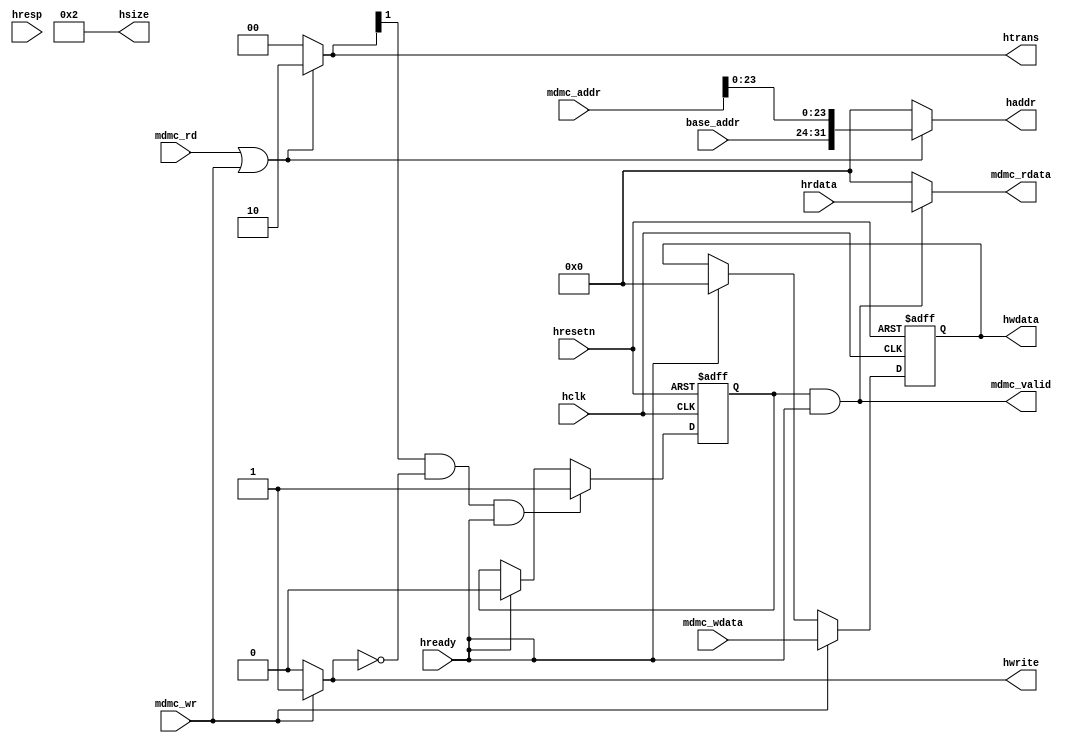
module mdmc_ahb #(
  parameter DWIDTH  = 32) (
  // CLOCK AND RESETS ------------------
  input  wire        hclk,              // Clock
  input  wire        hresetn,           // Asynchronous reset

  // AHB-LITE MASTER PORT --------------
  output reg  [31 :0]       haddr,             // AHB transaction address
  output wire [ 3:0]        hsize,             // AHB size: byte, half-word or word
  output reg  [ 1:0]        htrans,            // AHB transfer: non-sequential only
  output reg  [DWIDTH-1 :0] hwdata,            // AHB write-data
  output reg                hwrite,            // AHB write control
  input  wire [DWIDTH-1 :0] hrdata,            // AHB read-data
  input  wire               hready,            // AHB stall signal
  input  wire               hresp,             // AHB error response

  input  wire [7        :0] base_addr,            // AHB read-data

  // MISCELLANEOUS ---------------------
  input  wire               mdmc_rd,
  input  wire               mdmc_wr,
  input  wire [31       :0] mdmc_addr,
  input  wire [DWIDTH-1 :0] mdmc_wdata,
  output reg  [DWIDTH-1 :0] mdmc_rdata,
  output wire               mdmc_valid
);


reg         read_trans;

//-------------------------------------
//localparams, reg and wire declaration
//-------------------------------------

 //AHB Master Signal generation
  
 always @* begin
   if (mdmc_wr == 1'b1) begin
     hwrite = 1'b1;
   end
   else begin
     hwrite = 1'b0;
   end
 end
 
 always @* begin
   if (mdmc_rd | mdmc_wr) begin
     haddr = {base_addr, mdmc_addr[23:0]};
   end
   else begin
     haddr = 32'b0;
   end
 end
  
 always @ (posedge hclk or negedge hresetn) begin
   if (hresetn == 1'b0) begin
     hwdata <= {DWIDTH{1'b0}};
   end
   else begin
     if (mdmc_wr) begin
       hwdata <= mdmc_wdata;
     end
     else if (hready) begin
       hwdata <= {DWIDTH{1'b0}};
     end
   end
 end
 
 always @* begin
   if (mdmc_rd | mdmc_wr) begin
     htrans = 2'b10;
   end
   else begin
     htrans = 2'b0;
   end
 end

 localparam HSIZE_VAL = $clog2(DWIDTH/8);

 assign hsize  = HSIZE_VAL[3:0]; 
 
 //Capture Read transaction and Read Data from bus
   always @ (posedge hclk or negedge hresetn) begin
     if (hresetn == 1'b0) begin
       read_trans <= 1'b0;
     end
     else begin
       if ((htrans[1] == 1'b1) && (hwrite == 1'b0) && (hready == 1'b1)) begin
           read_trans <= 1'b1;
       end
       else if (hready == 1'b1) begin
         read_trans <= 1'b0;
       end
     end
   end


   always @* begin
     if (read_trans & hready) begin
       mdmc_rdata  = hrdata;
     end
     else begin
       mdmc_rdata  = {DWIDTH{1'b0}};
     end
   end

   assign mdmc_valid = read_trans & hready;

endmodule